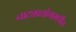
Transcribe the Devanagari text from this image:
नाट्यप्रयोगामधील